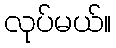
လုပ်မယ်။